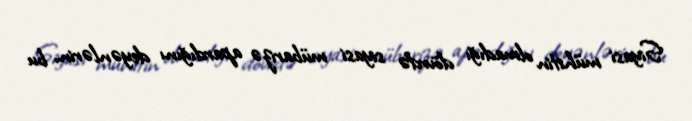
Siyasi mühitin olmadığı dövrdə siyasi mübarizə apardığını deyənlərin, bu